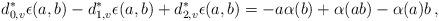
LaTeX: \begin{align*} d_{0,v}^*\epsilon(a,b) -d_{1,v}^*\epsilon(a,b) +d_{2,v}^*\epsilon(a,b) = -a\alpha(b) + \alpha(ab) -\alpha(a)b\,, \end{align*}